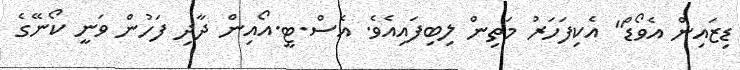
ޑިޒައިން އެވޯޑް" އެކިފަހަރު މަތިން ލިބިފައިއެވެ. އެސް.ޓީ.އޯއިން ދާދި ފަހުން ވަނީ ކޯނޭގެ